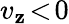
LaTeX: v_{\mathbf{z}}\! <\! 0